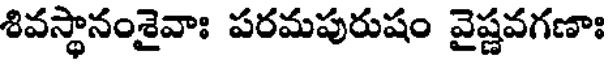
శివస్థానంశైవాః పరమపురుషం వైష్ణవగణాః